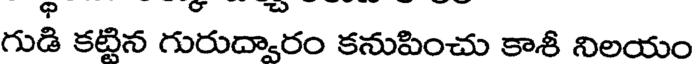
గుడి కట్టిన గురుద్వారం కనుపించు కాశీ నిలయం